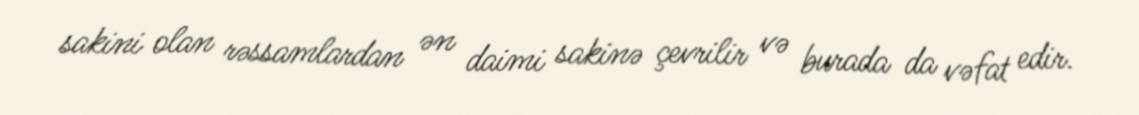
sakini olan rəssamlardan ən daimi sakinə çevrilir və burada da vəfat edir.